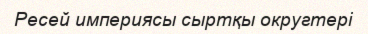
Ресей империясы сыртқы округтері